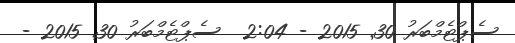
ސެޕްޓެމްބަރު 30